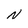
Character: N